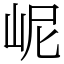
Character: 㞾